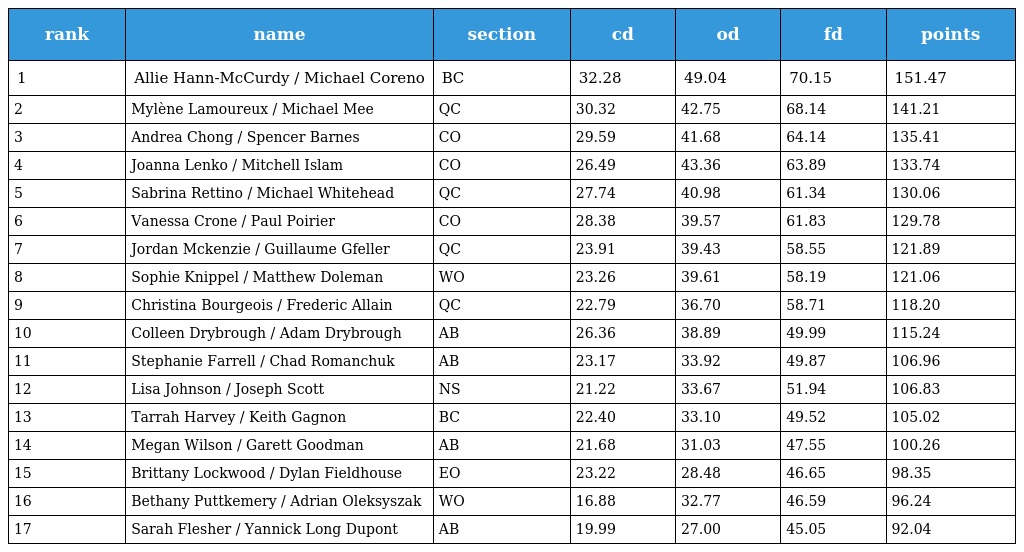
| rank | name | section | cd | od | fd | points |
 | --- | --- | --- | --- | --- | --- | --- |
 | 1 | Allie Hann-McCurdy / Michael Coreno | BC | 32.28 | 49.04 | 70.15 | 151.47 |
 | 2 | Mylène Lamoureux / Michael Mee | QC | 30.32 | 42.75 | 68.14 | 141.21 |
 | 3 | Andrea Chong / Spencer Barnes | CO | 29.59 | 41.68 | 64.14 | 135.41 |
 | 4 | Joanna Lenko / Mitchell Islam | CO | 26.49 | 43.36 | 63.89 | 133.74 |
 | 5 | Sabrina Rettino / Michael Whitehead | QC | 27.74 | 40.98 | 61.34 | 130.06 |
 | 6 | Vanessa Crone / Paul Poirier | CO | 28.38 | 39.57 | 61.83 | 129.78 |
 | 7 | Jordan Mckenzie / Guillaume Gfeller | QC | 23.91 | 39.43 | 58.55 | 121.89 |
 | 8 | Sophie Knippel / Matthew Doleman | WO | 23.26 | 39.61 | 58.19 | 121.06 |
 | 9 | Christina Bourgeois / Frederic Allain | QC | 22.79 | 36.70 | 58.71 | 118.20 |
 | 10 | Colleen Drybrough / Adam Drybrough | AB | 26.36 | 38.89 | 49.99 | 115.24 |
 | 11 | Stephanie Farrell / Chad Romanchuk | AB | 23.17 | 33.92 | 49.87 | 106.96 |
 | 12 | Lisa Johnson / Joseph Scott | NS | 21.22 | 33.67 | 51.94 | 106.83 |
 | 13 | Tarrah Harvey / Keith Gagnon | BC | 22.40 | 33.10 | 49.52 | 105.02 |
 | 14 | Megan Wilson / Garett Goodman | AB | 21.68 | 31.03 | 47.55 | 100.26 |
 | 15 | Brittany Lockwood / Dylan Fieldhouse | EO | 23.22 | 28.48 | 46.65 | 98.35 |
 | 16 | Bethany Puttkemery / Adrian Oleksyszak | WO | 16.88 | 32.77 | 46.59 | 96.24 |
 | 17 | Sarah Flesher / Yannick Long Dupont | AB | 19.99 | 27.00 | 45.05 | 92.04 |